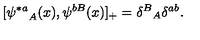
[ { \psi ^ { * a } } _ { A } ( x ) , \psi ^ { b B } ( x ) ] _ { + } = { \delta ^ { B } } _ { A } \delta ^ { a b } .